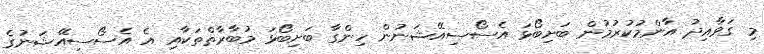
މި ގަވާއިދު އާންމުކުރުމުން ބަށިބޯޅަ އެސޯސިއޭޝަނުން ހިންގާ ބަށިބޯޅަ މުބާރާތްތަކާއި އެ އެސޯސިއޭޝަނުގެ